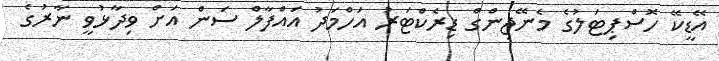
އޭޑީކޭ ހޮސްޕިޓަލުގެ މެނޭޖިންގް ޑިރެކްޓަރު އަހްމަދު އައްފާލް ސަން އަށް ވިދާޅުވީ ނާރުގެ